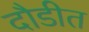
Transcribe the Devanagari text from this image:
दौडीत